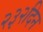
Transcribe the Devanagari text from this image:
२३२दिन